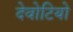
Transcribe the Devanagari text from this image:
देवोटियो